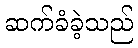
ဆက်ခံခဲ့သည်